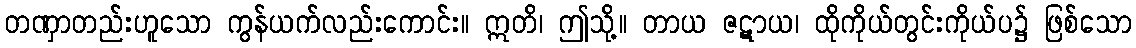
တဏှာတည်းဟူသော ကွန်ယက်လည်းကောင်း။ ဣတိ၊ ဤသို့။ တာယ ဇဋာယ၊ ထိုကိုယ်တွင်းကိုယ်ပ၌ ဖြစ်သော